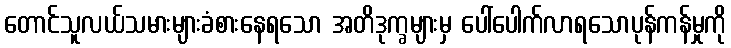
တောင်သူလယ်သမားများခံစားနေရသော အတိဒုက္ခများမှ ပေါ်ပေါက်လာရသောပုန်ကန်မှုကို